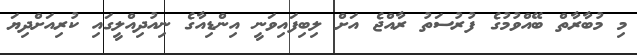
މި މުބާރާތް ބޭއްވުމުގެ ފުރުސަތު ރާއްޖެ އަށް ލިބިފައިވަނީ އިންޑިއާގެ ނިއުދިއްލީގައި ކުރިއަށްދިޔަ